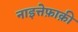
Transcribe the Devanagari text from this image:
नाइत्तेफ़ाक़ी